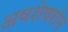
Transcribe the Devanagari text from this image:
अवशेषरोम